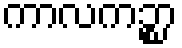
ကာလကဉ္စာ